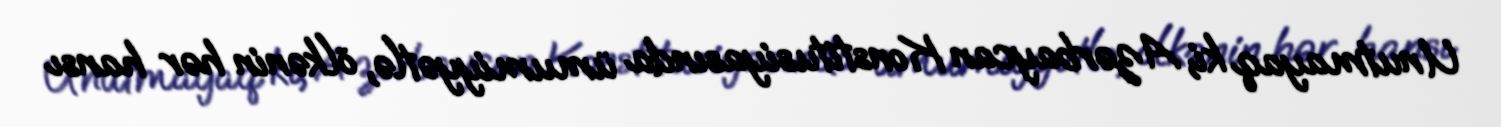
Unutmayaq ki, Azərbaycan Konstitusiyasında ümumiyyətlə, ölkənin hər hansı